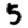
Digit: 5